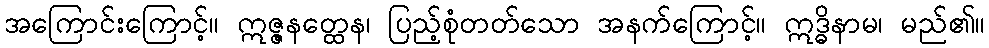
အကြောင်းကြောင့်။ ဣဇ္ဇနတ္ထေန၊ ပြည့်စုံတတ်သော အနက်ကြောင့်။ ဣဒ္ဓိနာမ၊ မည်၏။